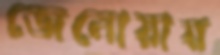
জেনোয়ায়